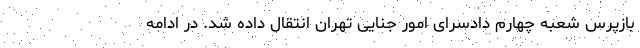
بازپرس شعبه چهارم دادسرای امور جنایی تهران انتقال داده شد. در ادامه